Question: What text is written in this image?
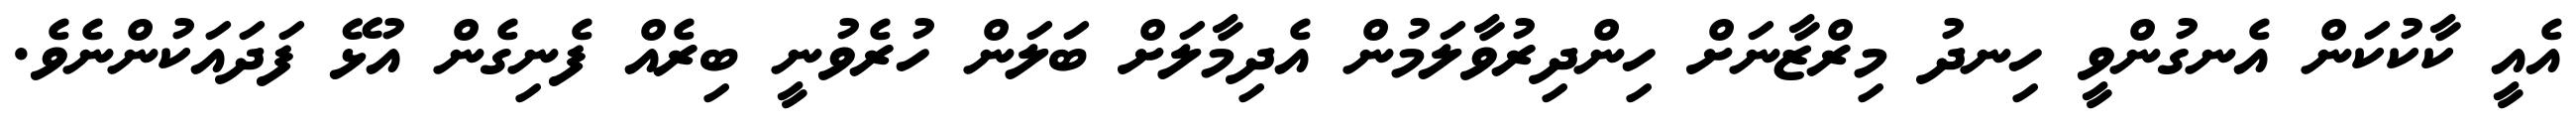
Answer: އެއީ ކާކުކަން އެނގުންވީ ހިނދު މިރްޒާނަށް ހިންދިރުވާލަމުން އެދިމާލަށް ބަލަން ހުރެވުނީ ބިރެއް ފެނިގެން އުޅޭ ފަދައަކުންނެވެ.